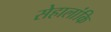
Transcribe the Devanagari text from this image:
सेहालांकि